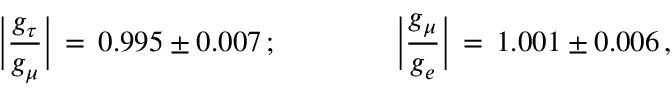
\Big \vert { \frac { g _ { \tau } } { g _ { \mu } } } \Big \vert \, = \, 0 . 9 9 5 \pm 0 . 0 0 7 \, ; \qquad \qquad \Big \vert { \frac { g _ { \mu } } { g _ { e } } } \Big \vert \, = \, 1 . 0 0 1 \pm 0 . 0 0 6 \, ,